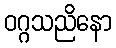
ဝဂ္ဂသညိနော